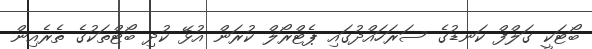
ބޯޓަކީ ގަލްފް ކަނޑުގެ ސަރަހައްދުގައި ޕެޓްރޯލް ކުރަން އުޅޭ ކުދި ބޯޓްތަކުގެ ތެރެއިން